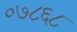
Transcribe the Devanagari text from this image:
०७८६८